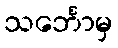
သင်္ဘောမှ